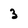
Character: 3